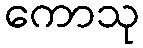
ကောသု